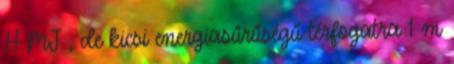
H MJ , de kicsi energiasűrűségű térfogatra 1 m